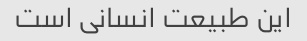
این طبیعت انسانی است